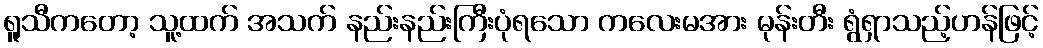
ရူသီကတော့ သူ့ထက် အသက် နည်းနည်းကြီးပုံရသော ကလေးမအား မုန်းတီး ရွံရှာသည့်ဟန်ဖြင့်